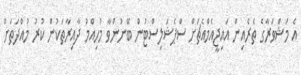
އެ މަޝްވަރާގެ ތެރެއިން އައިޖީއެމްއެޗަށް ސްޕެޝަލިސްޓުން ބޭނުންވާ މުހިއްމު ދާއިރާތަކުން ކުރު މުއްދަތަށް